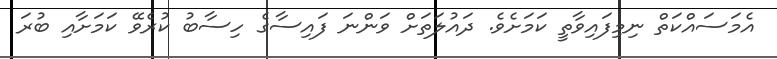
އެމަސައްކަތް ނިމިފައިވާތީ ކަމަށެވެ. ދައުލަތަށް ވަންނަ ފައިސާގެ ހިސާބު ކުރެވޭ ކަމަށާއި ބުރަ